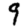
Digit: 9